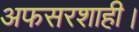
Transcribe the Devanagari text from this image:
अफसरशाही।